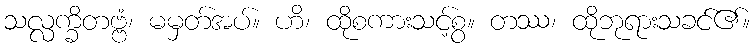
သလ္လက္ခိတဗ္ဗံ၊ မမှတ်အပ်။ ဟိ၊ ထိုစကားသင့်စွ။ တဿ၊ ထိုဘုရားသခင်၏။